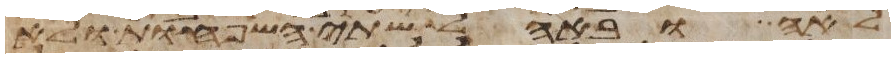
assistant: לאה ובאהל שתי השפחות ולא